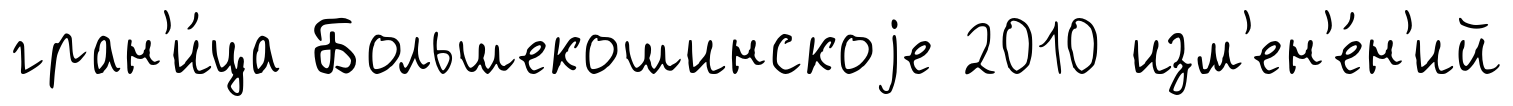
гран'и́ца Большекошинскоjе 2010 изм'ен'е́н'ий